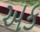
અક